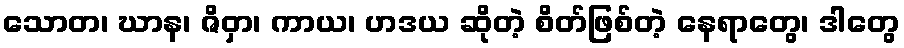
သောတ၊ ဃာန၊ ဇိဝှာ၊ ကာယ၊ ဟဒယ ဆိုတဲ့ စိတ်ဖြစ်တဲ့ နေရာတွေ၊ ဒါတွေ